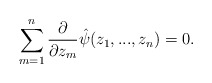
\begin{align*}\sum_{m=1}^n \frac{\partial}{\partial z_m}\hat{\psi}(z_1,...,z_n) = 0.\end{align*}